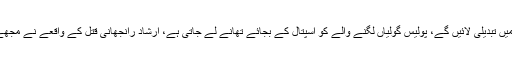
وزیراعلیٰ سندھ مراد علی شاہ نے کہا کہ اس ایوان سے پولیس قوانین میں تبدیلی لائیں گے، پولیس گولیاں لگنے والے کو اسپتال کے بجائے تھانے لے جاتی ہے، ارشاد رانجھانی قتل کے واقعے نے مجھے ہلا دیا ہے، پولیس کا مائنڈ سیٹ تبدیل کرنا ہوگا، پولیس انسان بنے۔